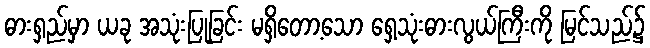
ဓားရှည်မှာ ယခု အသုံးပြုခြင်း မရှိတော့သော ရှေ့သုံးဓားလွယ်ကြီးကို မြင်သည်၌